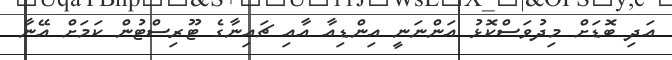
އަދި ބޮޑަށް މިދުވަސްކޮޅު އަންނަނީ އިންޑިއާ އާއި ޗައިނާގެ ޓޫރިސްޓުން ކަމަށް އޭނާ